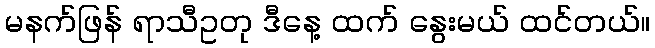
မနက်ဖြန် ရာသီဥတု ဒီနေ့ ထက် နွေးမယ် ထင်တယ်။